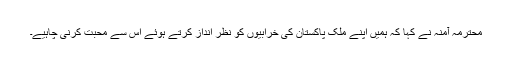
محترمہ آمنہ نے کہا کہ ہمیں اپنے ملک پاکستان کی خرابیوں کو نظر انداز کرتے ہوئے اس سے محبت کرنی چاہیے۔